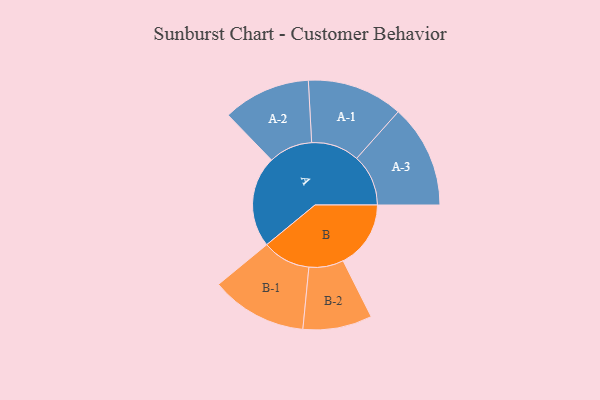
{"axis": {"x": "Segment", "y": "Value"}, "legend": ["", "A", "B"], "data": [{"x": "A", "y": 444, "type": ""}, {"x": "B", "y": 329, "type": ""}, {"x": "A-1", "y": 233, "type": "A"}, {"x": "A-2", "y": 213, "type": "A"}, {"x": "A-3", "y": 251, "type": "A"}, {"x": "B-1", "y": 234, "type": "B"}, {"x": "B-2", "y": 168, "type": "B"}]}